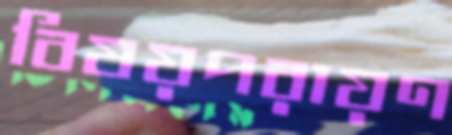
বিষয়পরায়ণ